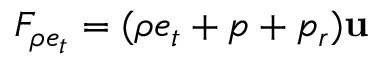
F _ { \rho e _ { t } } = ( \rho e _ { t } + p + p _ { r } ) \mathbf { u }